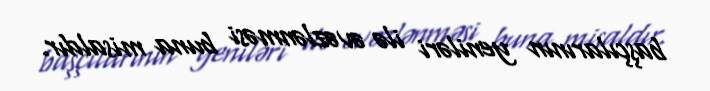
başçılarının yeniləri ilə əvəzlənməsi buna misaldır.